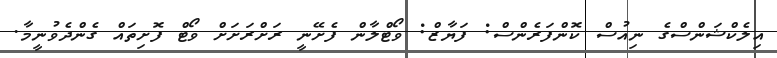
އިލެކްޝަންސްގެ ނިއުސް ކޮންފަރެންސް: ފަޔާޒް: ވޯޓްލާން ފެށޭނީ ރަށްރަށަށް ވޯޓް ފޮށިތައް ގެންދެވުނީމާ.